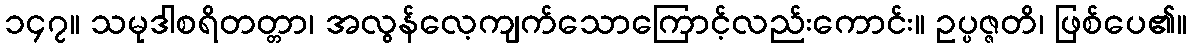
၁၄၇။ သမုဒါစရိတတ္တာ၊ အလွန်လေ့ကျက်သောကြောင့်လည်းကောင်း။ ဥပ္ပဇ္ဇတိ၊ ဖြစ်ပေ၏။